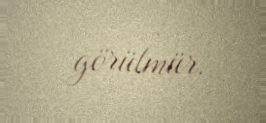
görülmür.